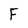
Character: F